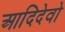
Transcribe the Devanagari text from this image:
आदिदेवो